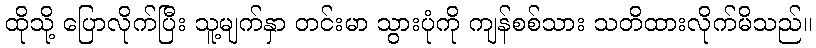
ထိုသို့ ပြောလိုက်ပြီး သူ့မျက်နှာ တင်းမာ သွားပုံကို ကျန်စစ်သား သတိထားလိုက်မိသည်။